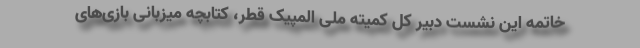
خاتمه این نشست دبیر کل کمیته ملی المپیک قطر، کتابچه میزبانی بازی‌های